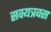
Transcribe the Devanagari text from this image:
सक्यत्रक्स